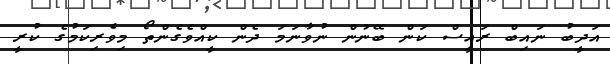
އަދީބު ނައިބް ރައީސް ކަން ބޭނުން ނުވާނަމަ ދެން ކީއްވެގެންތޯ މިވެރިކަމުގެ ކުރީ